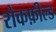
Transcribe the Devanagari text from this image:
रोकफ़ील्ड